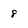
Character: 8